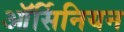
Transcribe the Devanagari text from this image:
ऑर्सिनियन